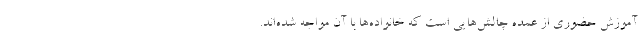
آموزش حضوری از عمده‌ چالش‌هایی است که خانواده‌ها با آن مواجه شده‌اند.